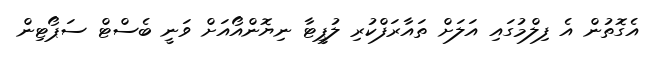
އެގޮތުން އެ ފިލްމުގައި އަލަށް ތައާރަފްކުރި ލުޕީޓާ ނިޔޮންއޯއަށް ވަނީ ބެސްޓް ސަޕޯޓިން